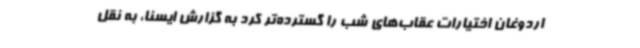
اردوغان اختیارات عقاب‌های شب را گسترده‌تر کرد به گزارش ایسنا، به نقل